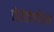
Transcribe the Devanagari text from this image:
टोरोडॉण्टिस्म